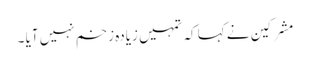
مشرکین نے کہا کہ تمہیں زیادہ زخم نہیں آیا ۔